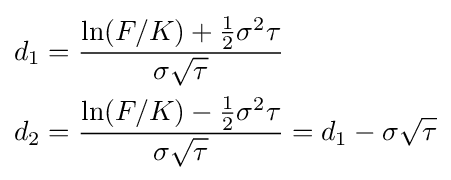
{\begin{aligned}d_{1}&={\frac {\ln(F/K)+{\frac {1}{2}}\sigma ^{2}\tau }{\sigma {\sqrt {\tau }}}}\\d_{2}&={\frac {\ln(F/K)-{\frac {1}{2}}\sigma ^{2}\tau }{\sigma {\sqrt {\tau }}}}=d_{1}-\sigma {\sqrt {\tau }}\end{aligned}}